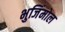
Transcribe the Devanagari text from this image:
भुजिंमोल